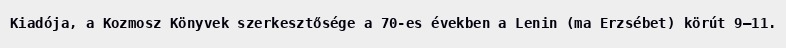
Kiadója, a Kozmosz Könyvek szerkesztősége a 70-es években a Lenin (ma Erzsébet) körút 9–11.